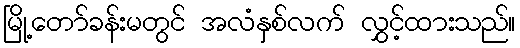
မြို့တော်ခန်းမတွင် အလံနှစ်လက် လွှင့်ထားသည်။